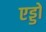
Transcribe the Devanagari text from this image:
एड्डो